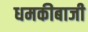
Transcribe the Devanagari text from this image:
धमकीबाजी